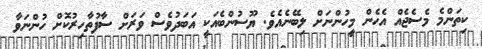
ކިތަންމެ މެސެޖެއް އެހެން މީހުންނަށް ލިބޭނެއެވެ. ޔޫސުންބެއަކީ އަބަދުވެސް ވަރަށް ސާފުތާހިރުކޮށް ހުންނަވާ